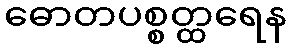
ဓောတပစ္စတ္ထရေန